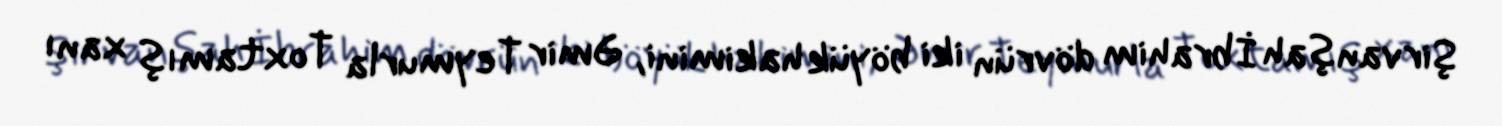
Şirvanşah İbrahim dövrün iki böyük hakimini, Əmir Teymurla Toxtamış xanı